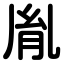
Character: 胤